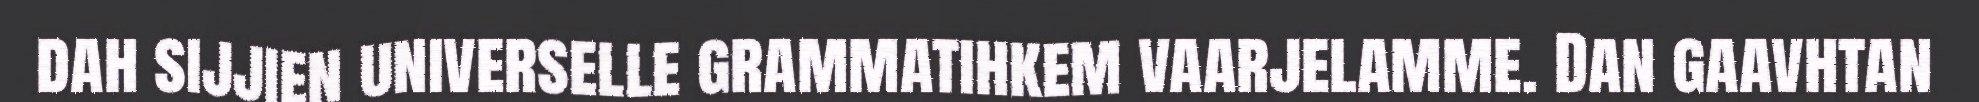
dah sijjien universelle grammatihkem vaarjelamme. Dan gaavhtan